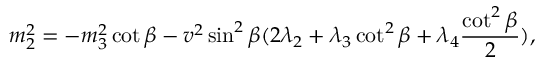
m _ { 2 } ^ { 2 } = - m _ { 3 } ^ { 2 } \cot \beta - v ^ { 2 } \sin ^ { 2 } \beta ( 2 \lambda _ { 2 } + \lambda _ { 3 } \cot ^ { 2 } \beta + \lambda _ { 4 } { \frac { \cot ^ { 2 } \beta } { 2 } } ) ,